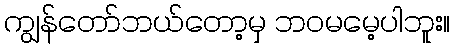
ကျွန်တော်ဘယ်တော့မှ ဘဝမမေ့ပါဘူး။